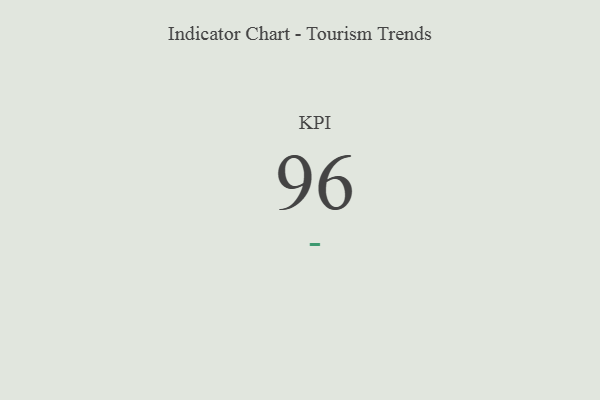
{"axis": {"x": "KPI", "y": "Value"}, "legend": [""], "data": [{"x": "KPI", "y": 96, "type": ""}]}